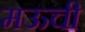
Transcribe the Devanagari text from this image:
मऊची